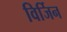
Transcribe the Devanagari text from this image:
विर्जिन